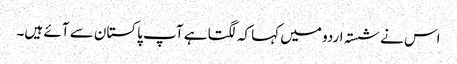
اس نے شستہ اردو میں کہا کہ لگتا ہے آپ پاکستان سے آئے ہیں۔